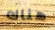
هناك